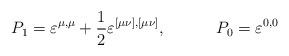
LaTeX: \begin{align*}P_1=\varepsilon ^{\mu ,\mu }+\frac 12\varepsilon ^{[\mu \nu ],[\mu\nu ]},\hspace{0.5in}P_0=\varepsilon ^{0,0}\end{align*}